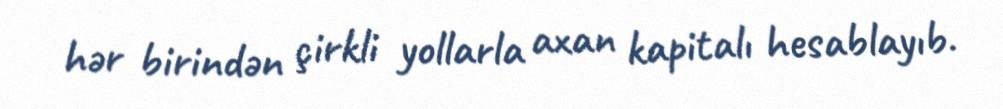
hər birindən çirkli yollarla axan kapitalı hesablayıb.